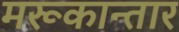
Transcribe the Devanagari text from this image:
मरूकान्तार